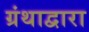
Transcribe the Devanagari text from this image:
ग्रंथाद्वारा